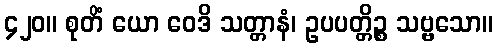
၄၂၀။ စုတိံ ယော ဝေဒိ သတ္တာနံ၊ ဥပပတ္တိဉ္စ သဗ္ဗသော။